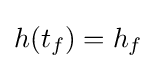
h(t_{f})=h_{f}